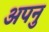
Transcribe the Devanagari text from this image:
अपनु